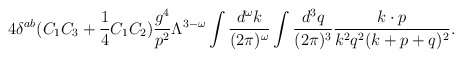
\begin{align*}4\delta^{ab} (C_1C_3+{1\over 4}C_1C_2) {g^4 \over p^2} \Lambda^{3-\omega}\int {d^\omega k \over (2\pi)^\omega} \int {d^3 q\over (2\pi)^3}{k\cdot p \over k^2 q^2 (k+p+q)^2} .\end{align*}